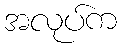
အလုပ်က